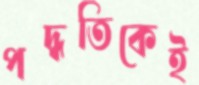
পদ্ধতিকেই